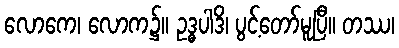
လောကေ၊ လောက၌။ ဥဒ္ဓပါဒိ၊ ပွင့်တော်မူပြီ။ တဿ၊